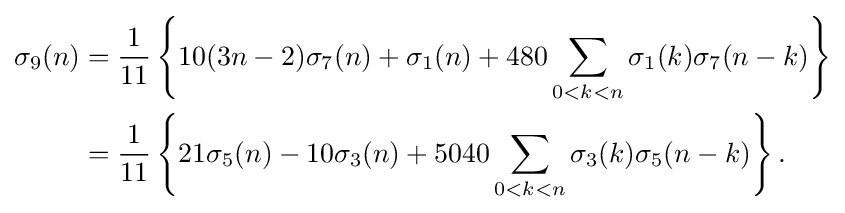
{\begin{aligned}\sigma _{9}(n)&={\frac {1}{11}}\left\{10(3n-2)\sigma _{7}(n)+\sigma _{1}(n)+480\sum _{0<k<n}\sigma _{1}(k)\sigma _{7}(n-k)\right\}\\&={\frac {1}{11}}\left\{21\sigma _{5}(n)-10\sigma _{3}(n)+5040\sum _{0<k<n}\sigma _{3}(k)\sigma _{5}(n-k)\right\}.\end{aligned}}